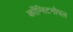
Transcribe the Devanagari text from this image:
काँन्स्टिनोपल